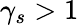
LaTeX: \gamma_{s}>1